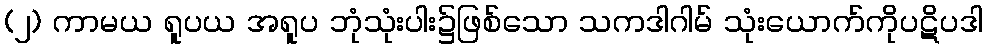
(၂) ကာမယ ရူပယ အရူပ ဘုံသုံးပါး၌ဖြစ်သော သကဒါဂါမ် သုံးယောက်ကိုပဋိပဒါ